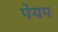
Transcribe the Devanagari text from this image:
पेयप